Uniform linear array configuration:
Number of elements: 64
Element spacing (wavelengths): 0.25
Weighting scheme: blackman
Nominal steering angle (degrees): -60
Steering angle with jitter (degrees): -60.478
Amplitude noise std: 0.05
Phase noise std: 0.05

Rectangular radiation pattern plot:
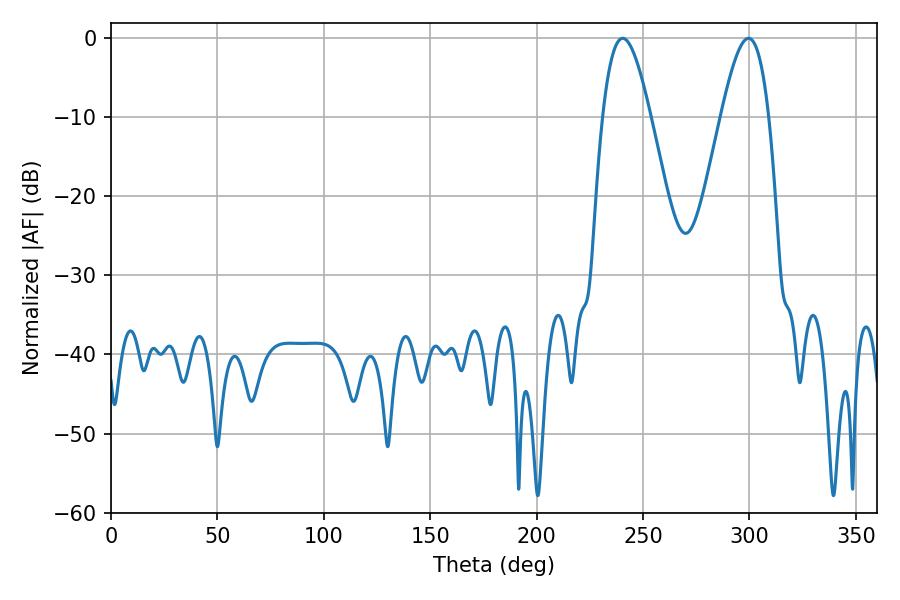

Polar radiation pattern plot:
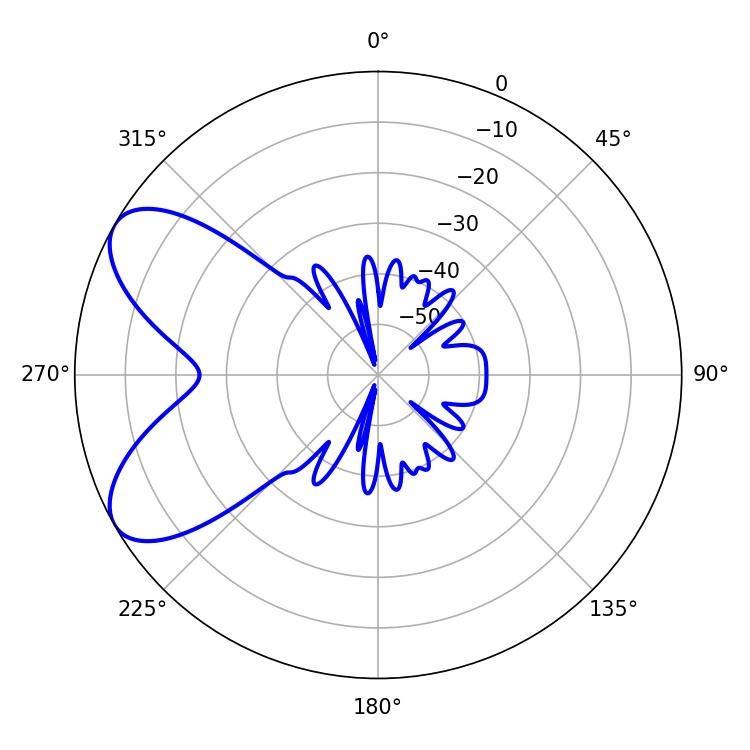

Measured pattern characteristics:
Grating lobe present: FALSE
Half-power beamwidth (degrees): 12.24
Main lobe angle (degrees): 240.48